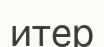
итер